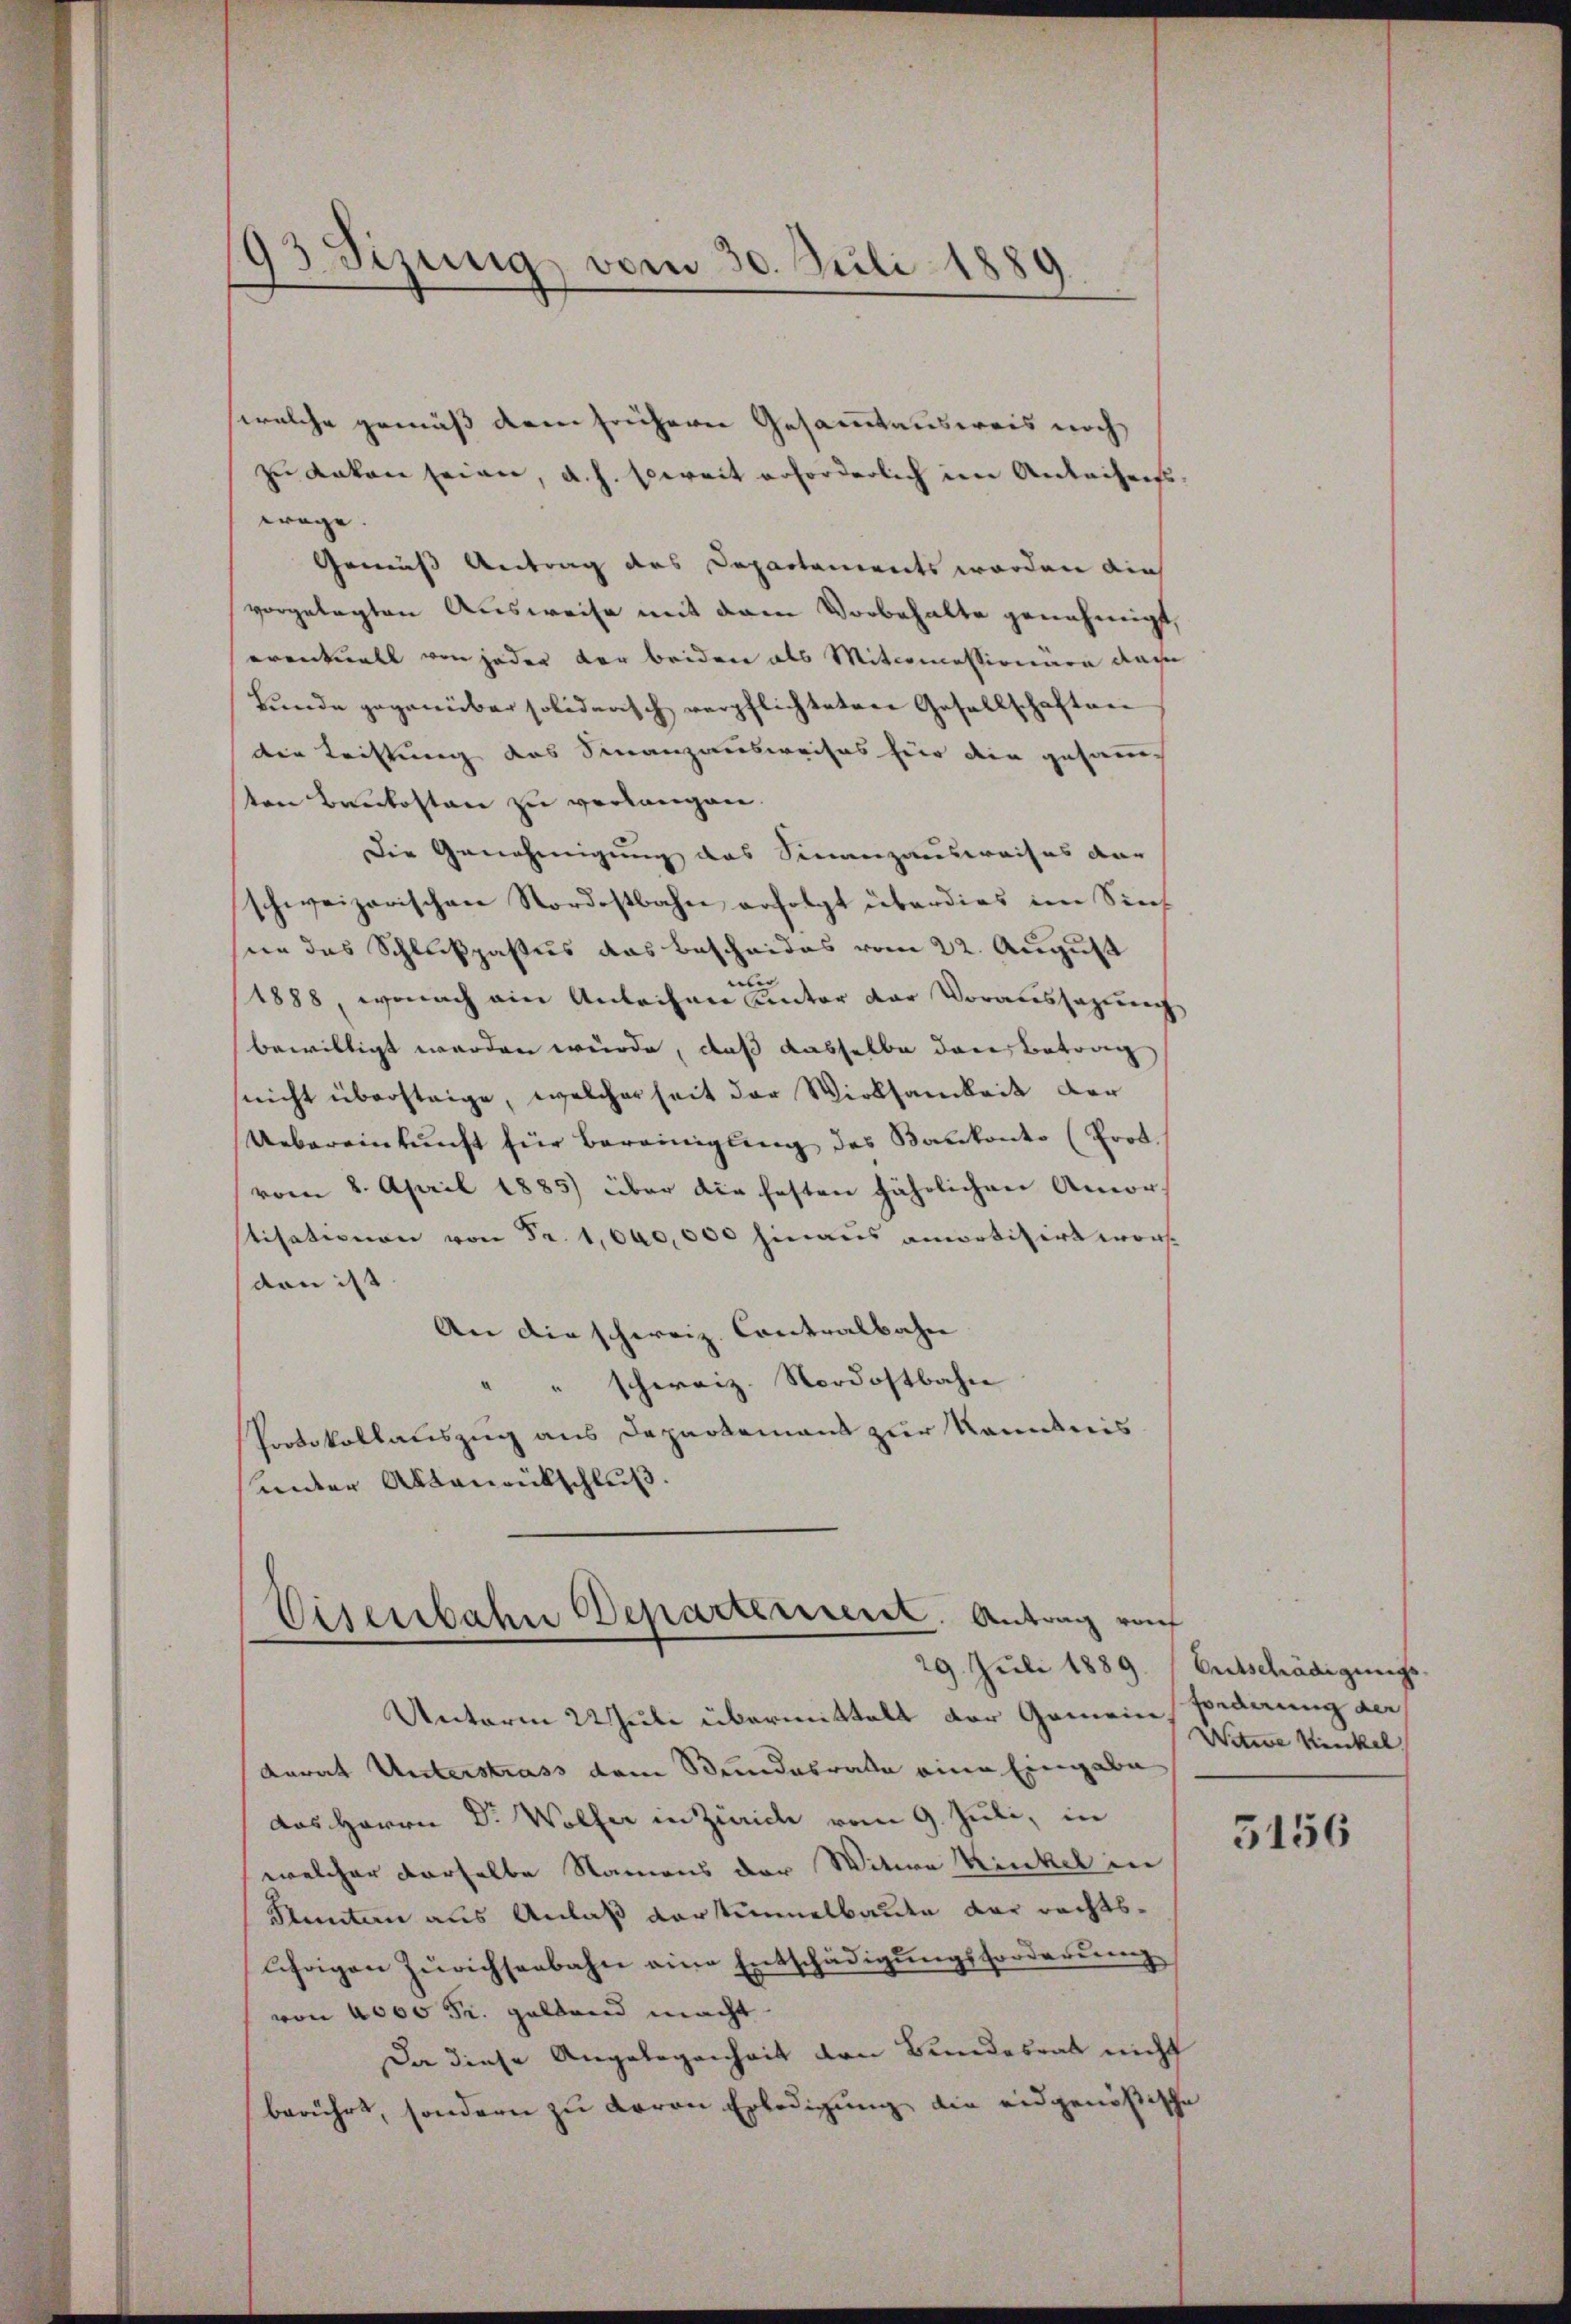
93 Sizung vom 30. Juli 1880

welche gemäß dem frühern Gesammtausweis noch
zu acken seien, a. h. soweit erforderlich im Anleihens-
trage.
Gemäß Antrag des Departements worden die
vorgelegten Ausweise mit dem Vorbehalte genehmigt,
eventuell von jeder der beiden als Mitcomessionäre das
Bunde gegenüber solidensch verpflichteten Gesellschaften
den Rechtung des Finanzausweises für die gesammt
ten Baukosten zu verlangen.
Die Genehmigung das Finanzausweises der
schweizerischen Nordostbahn erfolgt überdies im Siech
ne das Schlußpasus das Bescheides vom 22. August
1888 wonach ein Anleihen unter der Voraussagung
bewilligt werden würde, daß dasselbe dare Betrag
nicht übersteige, welcher seit der Wirksamkeit der
Uebereinkunft für Bereinigung des Bankonto (Prot.
vom 8. April 1885) über die festen jährlichen Amor-
tisationen von Fr. 1,600,000 hinaus amortisirt wordon ist
An die schweiz. Contralbahn |
" " schweiz. Nordostbahn
Protokollauszug aus Departemens zur Kenntnis
under Altanrückschluß.

Eisenbahne Departement. Antrag ruf

Unterm 22ule übermittelt der Gemein,
Karat Unterstrass dem Stundesrate eine Eingabe
das Herrn Dr. Wolfer in Zürich vom 9. Juli, in
welcher derselbe Namens der Witwe Kinkel in
Ptunten aus Anlaß vorstimmelbaute der rechtsährigen Zürichseebahn eine Entschädigŭngsforderŭng
von 4000 Fr. galtend macht.
Da diese Angelegenheit den Bundesrat nicht
berührt, sondern zu daran Erledigung die eidgenößische

29. Juli 1889. Entschädigungs-
forderung der
Witwe Kinkel

3156